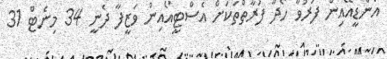
އެންޑީއޭއިން ފަރުވާ ހޯދާ ފަރާތްތަކަށް އެސްޓީއޯއިން ވަޒީފާ ދެނީ 34 މިނެޓް 31